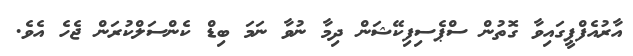
އާރުއެފްޕީގައިވާ ގޮތުން ސްޕެސިފިކޭޝަން ދިމާ ނުވާ ނަމަ ބިޑް ކެންސަލްކުރަން ޖެހެ އެވެ.